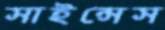
সাইন্সেস